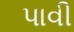
પાવી